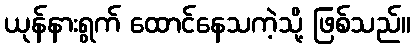
ယုန်နားရွက် ထောင်နေသကဲ့သို့ ဖြစ်သည်။